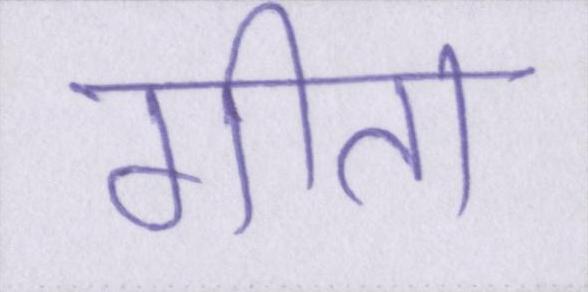
गीता